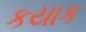
કયાક